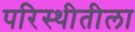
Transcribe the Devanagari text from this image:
परिस्थीतीला